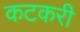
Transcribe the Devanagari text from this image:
कटकरी